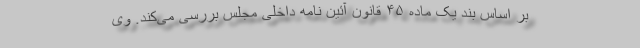
بر اساس بند یک ماده ۴۵ قانون آئین نامه داخلی مجلس بررسی می‌کند. وی